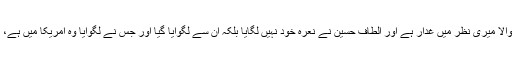
سوال کے جواب پر باسط علی نے کہا کہ پاکستان کو مردہ باد بولنے والا میری نظر میں غدار ہے اور الطاف حسین نے نعرہ خود نہیں لگایا بلکہ اُن سے لگوایا گیا اور جس نے لگوایا وہ امریکا میں ہے، نعرہ لگوانے والا غدار ہے، لگانے والا، اس بات کا فیصلہ خود کریں۔